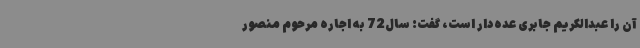
آن را عبدالکریم جابری عده‌دار است، گفت: سال72 به اجاره مرحوم منصور